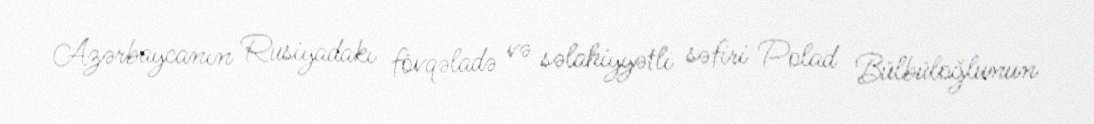
Azərbaycanın Rusiyadakı fövqəladə və səlahiyyətli səfiri Polad Bülbüloğlunun